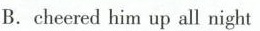
B.cheered him up all night